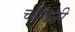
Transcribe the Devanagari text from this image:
चौगनी